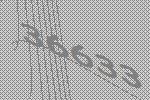
36633